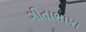
ગીતાભાષા